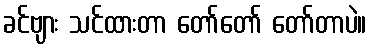
ခင်ဗျား သင်ထားတာ တော်တော် တော်တာပဲ။